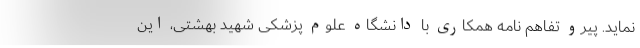
نماید. پیرو تفاهم نامه همکاری با دانشگاه علوم پزشکی شهید بهشتی، این